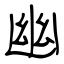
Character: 幽